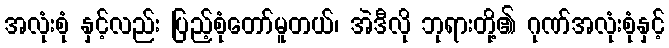
အလုံးစုံ နှင့်လည်း ပြည့်စုံတော်မူတယ်၊ အဲဒီလို ဘုရားတို့၏ ဂုဏ်အလုံးစုံနှင့်